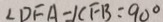
\angle D F A - \angle C F B = 9 0 ^ { \circ }